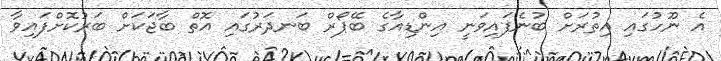
އެ ނޫހުގައި އިތުރަށް ބުނެފައިވަނީ އިންޑިއާގެ ބޭޕޯރް ބަނދަރުގައި އޮތް ބާޖަކަށް ބަރުކޮށްފައިވާ